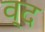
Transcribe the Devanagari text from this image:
व्द